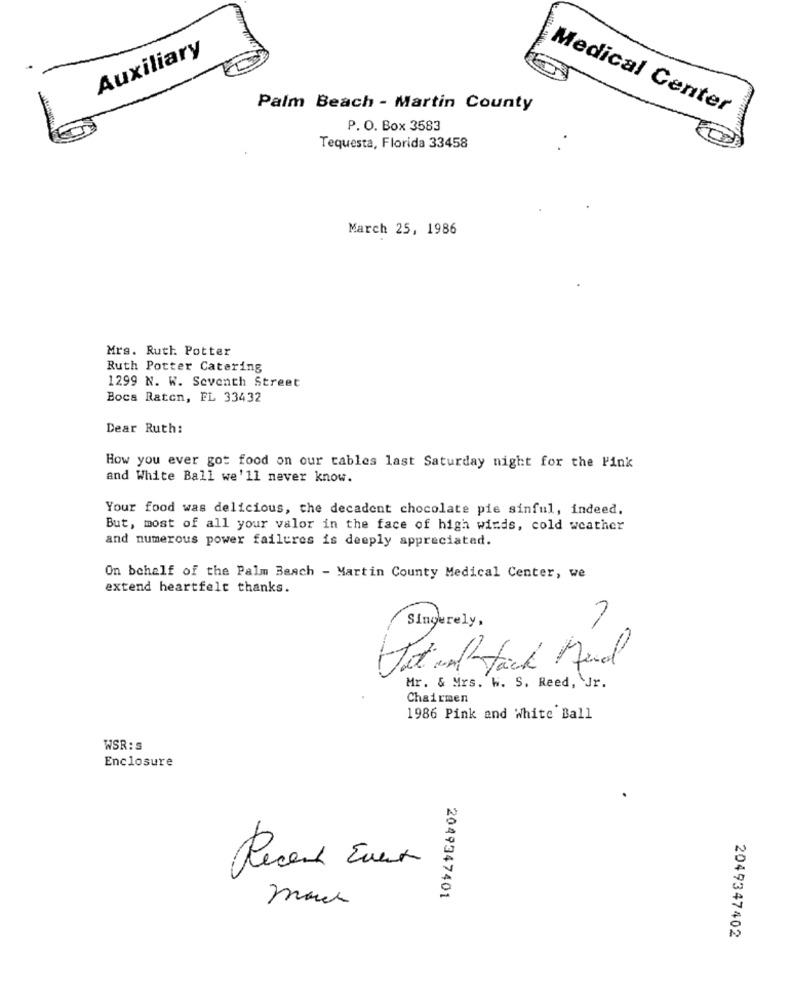
Auxiliary
Palm Beach - Martin County
Medical Center
P. O. Box 3583
Tequesta, Florida 33458
March 25, 1986
Mrs. Ruth Potter
Ruth Potter Catering
1299 N. W. Seventh Street
Boca Raton, FL 33432
Dear Ruth:
How you ever got food on our tables last Saturday night for the Pink
and White Ball we'll never know.
Your food was delicious, the decadent chocolate pie sinful, indeed.
But, most of all your valor in the face of high winds, cold weather
and numerous power failures is deeply appreciated.
On behalf of the Palm Beach - Martin County Medical Center, we
extend heartfelt thanks.
Singerely,
Det und tack Mind
Mr. & Mrs. W. S. Reed, Jr.
Chairmen
1986 Pink and White Ball
WSR:
Enclosure
Recent Event
2049347401
2049347402